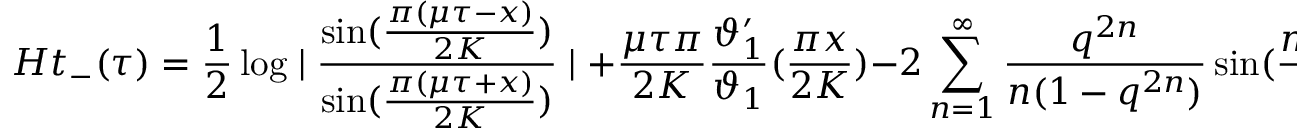
H t _ { - } ( \tau ) = \frac { 1 } { 2 } \log \mid \frac { \sin ( \frac { \pi ( \mu \tau - x ) } { 2 K } ) } { \sin ( \frac { \pi ( \mu \tau + x ) } { 2 K } ) } \mid + \frac { \mu \tau \pi } { 2 K } \frac { \vartheta _ { 1 } ^ { \prime } } { \vartheta _ { 1 } } ( \frac { \pi x } { 2 K } ) - 2 \sum _ { n = 1 } ^ { \infty } \frac { q ^ { 2 n } } { n ( 1 - q ^ { 2 n } ) } \sin ( \frac { n \pi \mu \tau } { K } ) \sin ( \frac { n \pi x } { K } ) ,